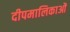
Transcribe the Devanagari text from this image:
दीपमालिकाओं